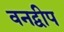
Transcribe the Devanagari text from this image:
वनद्वीप